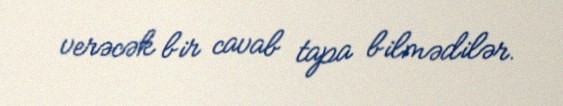
verəcək bir cavab tapa bilmədilər.